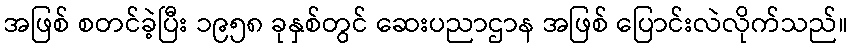
အဖြစ် စတင်ခဲ့ပြီး ၁၉၅၈ ခုနှစ်တွင် ဆေးပညာဌာန အဖြစ် ပြောင်းလဲလိုက်သည်။